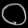
Digit: ၀